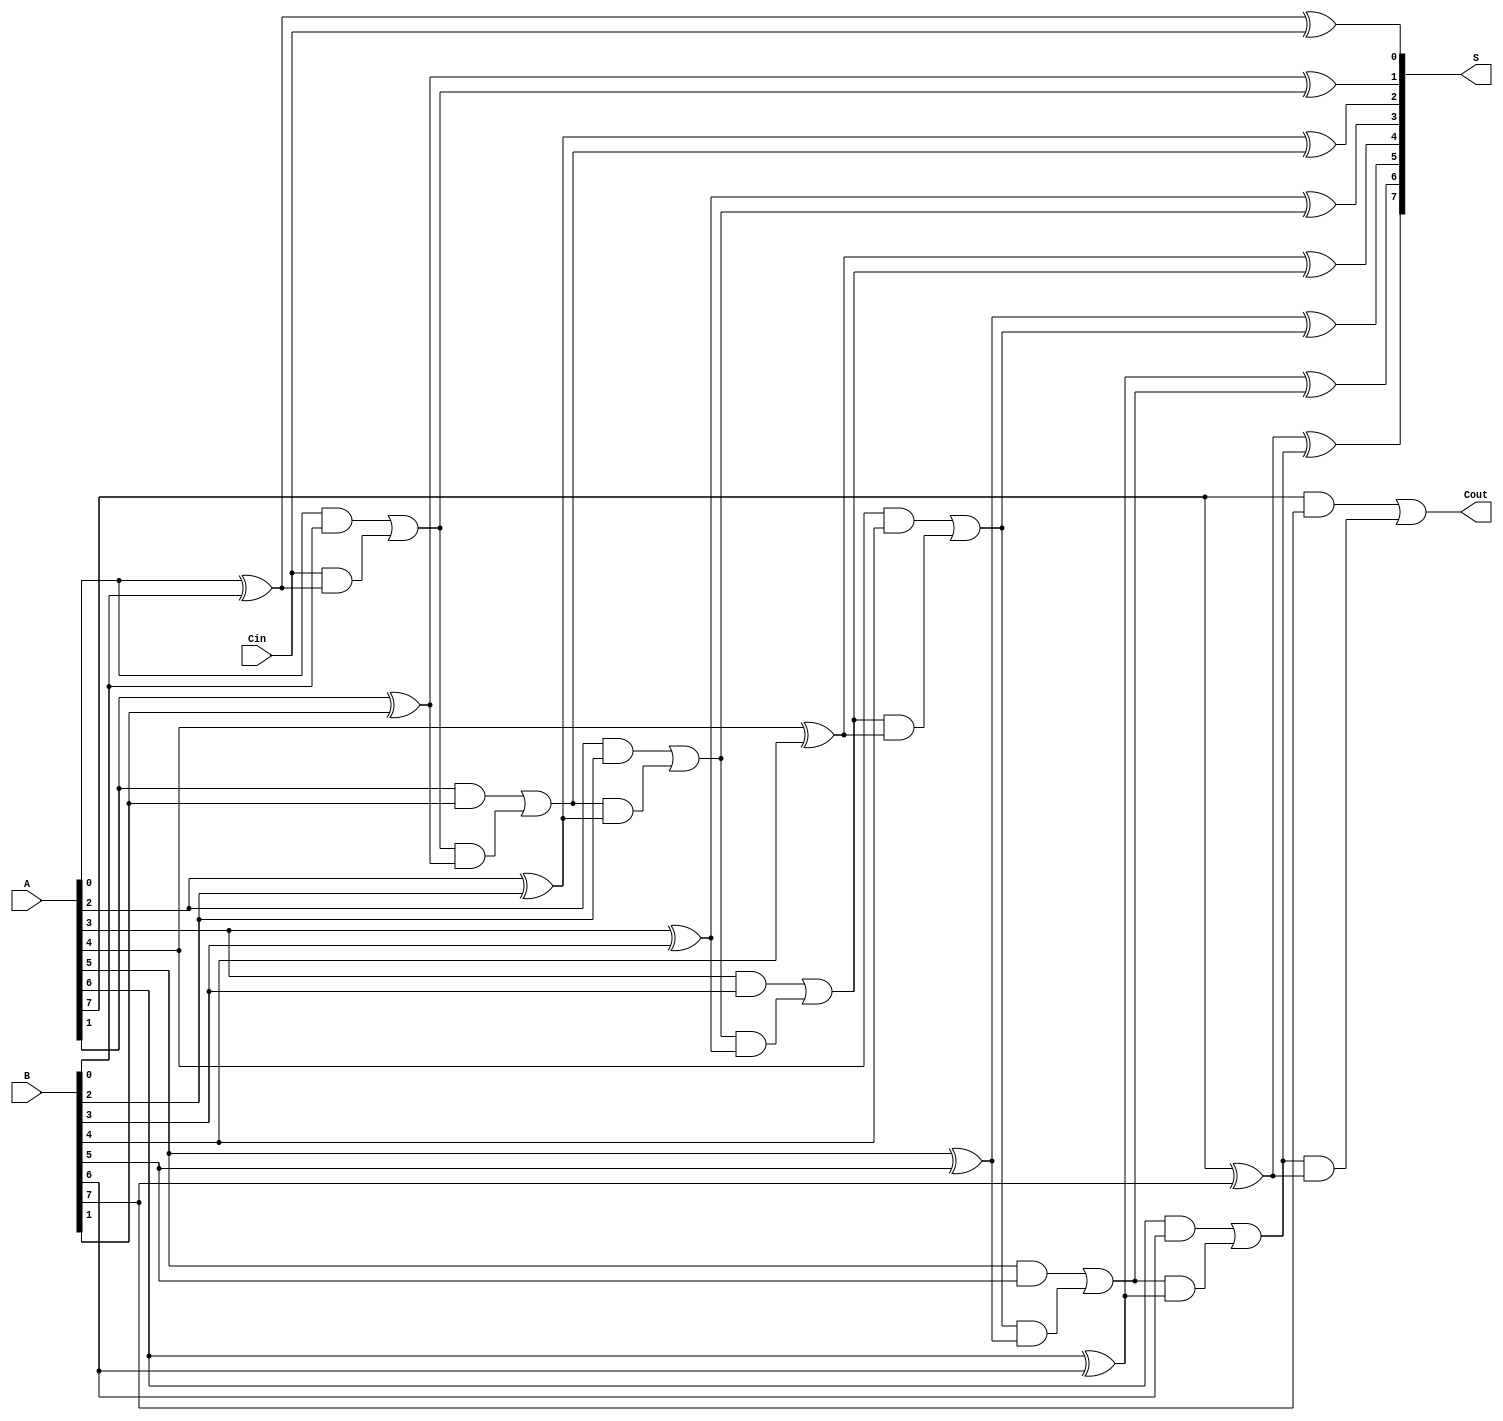
module ManchesterCarryChainAdder #(parameter n = 8) (
    input  wire [n-1:0] A,         // First n-bit binary number
    input  wire [n-1:0] B,         // Second n-bit binary number
    input  wire Cin,                // Carry-in signal
    output wire [n-1:0] S,         // n-bit sum output
    output wire Cout                // Carry-out signal
);

    wire [n:0] C;                  // Carry signals, C[n] is the carry-out
    assign C[0] = Cin;             // Initial carry signal

    // Full adder logic for each bit position
    genvar i;
    generate
        for (i = 0; i < n; i = i + 1) begin: full_adder
            // Carry generation
            assign C[i + 1] = (A[i] & B[i]) | (C[i] & (A[i] ^ B[i]));
            
            // Sum calculation
            assign S[i] = A[i] ^ B[i] ^ C[i];
        end
    endgenerate

    assign Cout = C[n];            // Final carry-out

endmodule